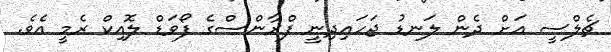
ޗެލްސީ އަށް ދެން ލަނޑު ޖަހައިދިނީ ފްރާންސްގެ ފޯވަޑް ލޮއިކް ރެމީ އެވެ.